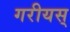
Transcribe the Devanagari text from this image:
गरीयस्‌